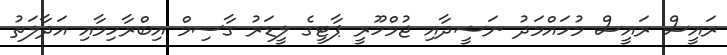
ރައީސް ރައީސް މުހައްމަދު ނަޝީދާއި ޖުމްހޫރީ ޕާޓީގެ ލީޑަރު ގާސިމް އިބްރާހިމާއި އަދާލަތު